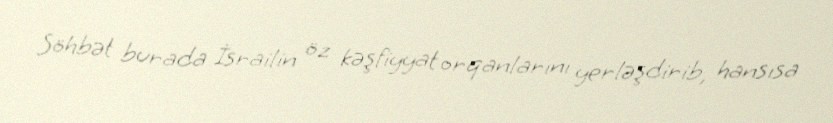
Söhbət burada İsrailin öz kəşfiyyat orqanlarını yerləşdirib, hansısa